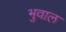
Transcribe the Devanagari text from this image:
भुवाल